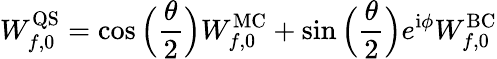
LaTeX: W_{f,0}^{\mathrm{QS}}=\cos\Big(\frac{\theta}{2}\Big)W_{f,0}^{\mathrm{MC}}+\sin\Big(\frac{\theta}{2}\Big)e^{\mathrm{i}\phi}W_{f,0}^{\mathrm{BC}}